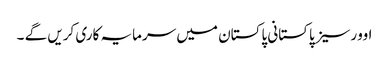
اوورسیز پاکستانی پاکستان میں سرمایہ کاری کریں گے ۔